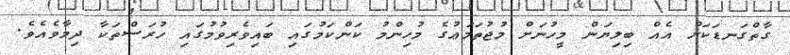
ގާތްގަނޑަކަށް އެއް ބިލިޔަން މީހުނަށް މުޖުތަމަޢުގެ މުހިންމު ކަންކަމުގައި ބައިވެރިވުމުގައި ހުރަސްތަކާ ދިމާވެއެވެ.